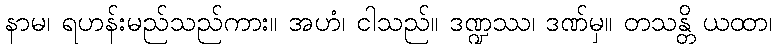
နာမ၊ ရဟန်းမည်သည်ကား။ အဟံ၊ ငါသည်။ ဒဏ္ဍဿ၊ ဒဏ်မှ။ တသန္တိ ယထာ၊